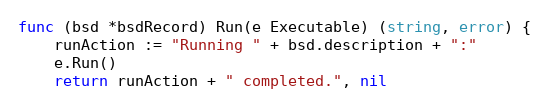
Language: Go
func (bsd *bsdRecord) Run(e Executable) (string, error) {
	runAction := "Running " + bsd.description + ":"
	e.Run()
	return runAction + " completed.", nil